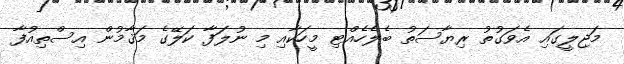
މަޖިލީގައި އެވަގުތު ރިޔާސަތު ބެލެހެއްޓި މީހަކާއި މި ނުލަފާ ކަލޭގެ މަޤާމުން އިސްތިއުފާ